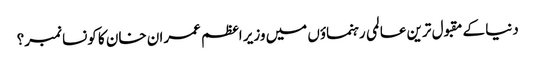
دنیا کے مقبول ترین عالمی رہنماؤں میں وزیر اعظم عمران خان کا کونسا نمبر؟